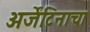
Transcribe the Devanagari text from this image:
अर्जेंटिनाचा